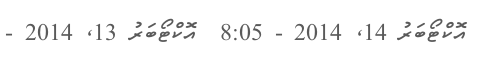
އޮކްޓޯބަރު 14